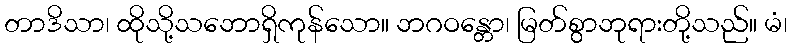
တာဒိသာ၊ ထိုသို့သဘောရှိကုန်သော။ ဘဂဝန္တော၊ မြတ်စွာဘုရားတို့သည်။ မံ၊